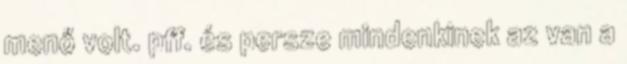
menő volt. pff. és persze mindenkinek az van a